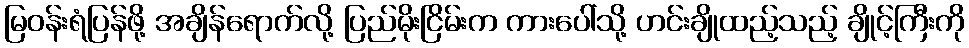
မြဝန်းရံပြန်ဖို့ အချိန်ရောက်လို့ ပြည်မိုးငြိမ်းက ကားပေါ်သို့ ဟင်းချိုထည့်သည့် ချိုင့်ကြီးကို